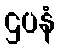
ဌပနံ